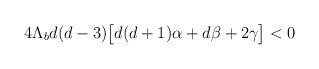
LaTeX: \begin{align*}4\Lambda_b d(d-3)\big[d(d+1)\alpha + d \beta + 2 \gamma \big] < 0\end{align*}